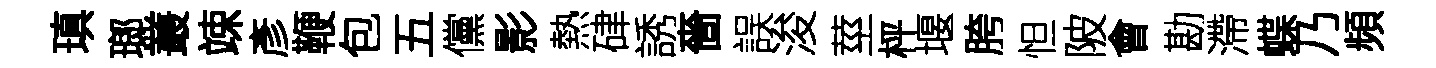
瑱瑯叢竦彥鞭包五儻影熱硉誘嗇誤浚莖枰堰胯怛陂會勘滯蝶乃頻